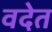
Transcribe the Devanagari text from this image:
वदेत